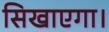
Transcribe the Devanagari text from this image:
सिखाएगा।